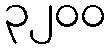
၃၂၀၀